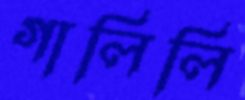
গালিলি